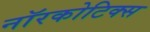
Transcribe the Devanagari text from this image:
नॉरकोटिक्स